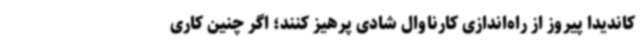
کاندیدا پیروز از راه‌اندازی کارناوال شادی پرهیز کنند؛ اگر چنین کاری